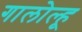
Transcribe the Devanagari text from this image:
गालोल्हू